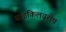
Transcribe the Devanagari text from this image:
साइकिलयूरोप